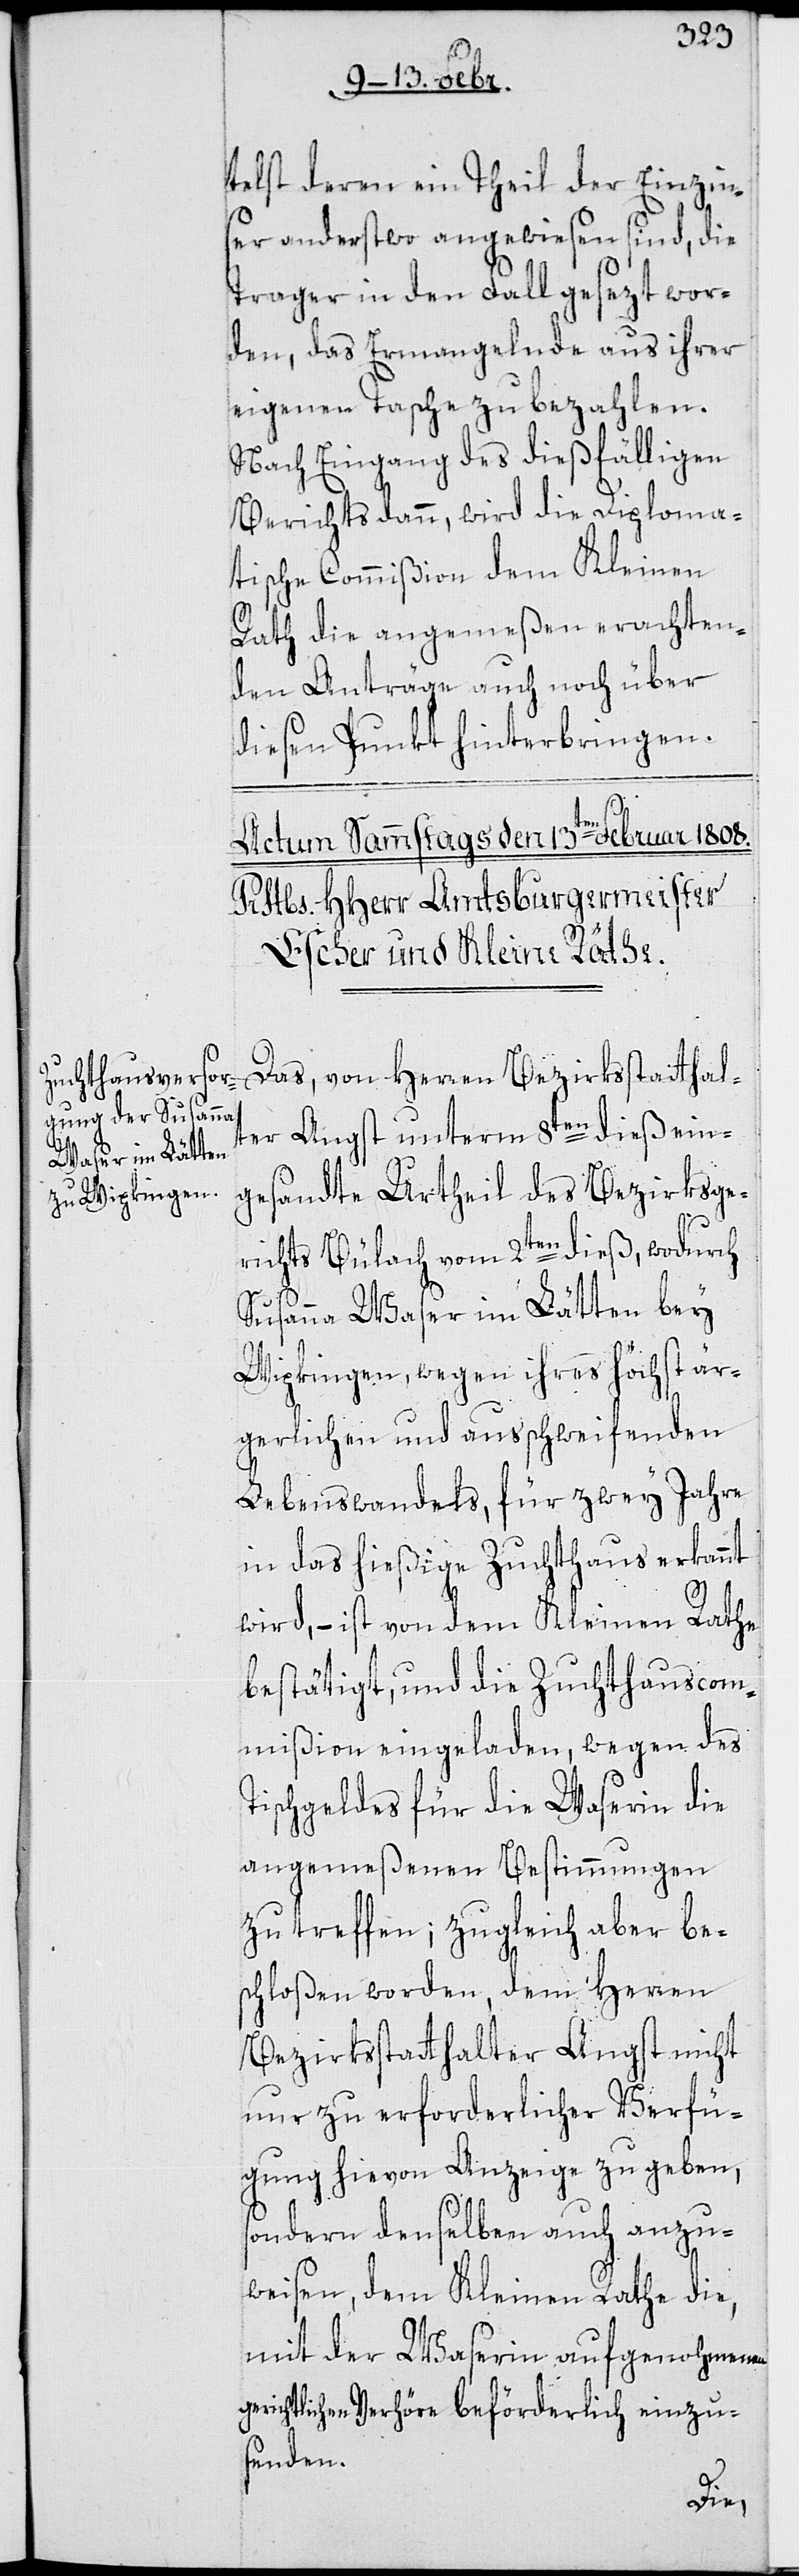
telst deren ein Theil der Einzins¬
er anderstwo angewiesen sind, die
Trager in den Fall gesezt wor¬
den, das Ermangelnde aus ihrer
eigenen Tasche zu bezahlen.
Nach Eingang des dießfälligen
Berichts dann, wird die Diploma¬
tische Commißion dem Kleinen
Rath die angemeßen erachten¬
den Anträge auch noch über
diesen Punkt hinterbringen.
Das, von Herren Bezirksstatthal¬
ter Angst unterm 8ten dieß ein¬
gesandte Urtheil des Bezirksge¬
richts Bülach vom 2ten dieß, wodurch
Susanna Waser im Lätten bey
Wipkingen, wegen ihres höchst är¬
gerlichen und außchweifenden
Lebenswandels, für zwey Jahre
in das hießige Zuchthaus erkannt
wird, – ist von dem Kleinen Rathe
bestätigt, und die Zuchthauscom¬
mißion eingeladen, wegen des
Tischgeldes für die Waserin die
angemeßenen Bestimmungen
zu treffen; zugleich aber be¬
schloßen worden, dem Herren
Bezirksstatthalter Angst nicht
nur zu erforderlicher Verfü¬
gung hievon Anzeige zu geben,
sondern denselben auch anzu¬
weisen, dem Kleinen Rathe die,
mit der Waserin aufgenohmenen
gerichtlichen Verhöre beförderlich einzu¬
senden.